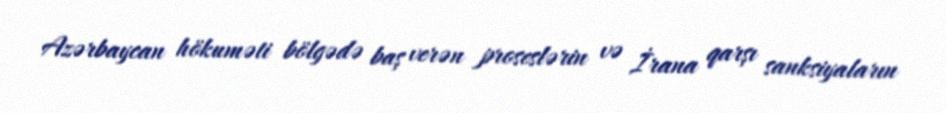
Azərbaycan hökuməti bölgədə baş verən proseslərin və İrana qarşı sanksiyaların